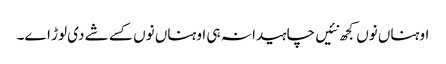
اوہناں نوں کجھ نئیں چاہیدا نہ ہی اوہناں نوں کسے شے دی لوڑ اے۔